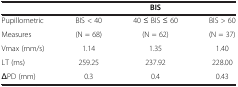
<table><thead><tr><td><b> </b></td><td colspan="3"><b>BIS</b></td></tr></thead><tbody><tr><td>Pupillometric</td><td>BIS &lt; 40</td><td>40 ≤ BIS ≤ 60</td><td>BIS &gt; 60</td></tr><tr><td>Measures</td><td>(N = 68)</td><td>(N = 62)</td><td>(N = 37)</td></tr><tr><td>Vmax (mm/s)</td><td>1.14</td><td>1.35</td><td>1.40</td></tr><tr><td>LT (ms)</td><td>259.25</td><td>237.92</td><td>228.00</td></tr><tr><td>ΔPD (mm)</td><td>0.3</td><td>0.4</td><td>0.43</td></tr></tbody></table>